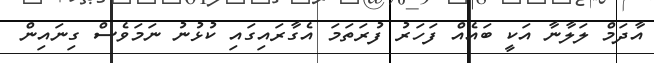
އާދަމް ލަލާނާ އަކީ ބައެއް ފަހަރު ފުރަތަމަ އެގާރައިގައި ކުޅުނު ނަމަވެސް ގިނައިން